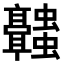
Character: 𬴥